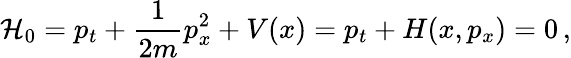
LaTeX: \mathcal{H}_{0}=p_{t}+\frac{1}{2m}p_{x}^{2}+V(x)=p_{t}+H(x,p_{x})=0\, ,